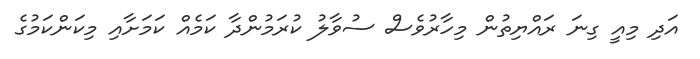
އަދި މިއީ ގިނަ ރައްޔިތުން މިހާރުވެސް ސުވާލު ކުރަމުންދާ ކަމެއް ކަމަށާއި މިކަންކަމުގެ